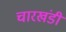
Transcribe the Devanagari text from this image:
चारखंडी